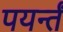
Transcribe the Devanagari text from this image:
पयर्न्तं